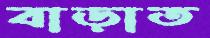
বাড়াত